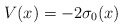
\begin{align*}V(x) = -2\sigma_0(x)\end{align*}